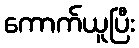
ကောက်ယူပြီး